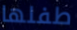
طفلها